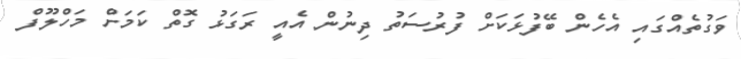
ވަގުތެއްގައި އެހެން ބޭފުޅަކަށް ފުރުސަތު ދިނުން އެއީ ރަގަޅު ގޮތް ކަމަށް މަހްލޫފް